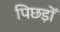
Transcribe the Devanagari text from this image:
पिछड़ोँ